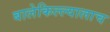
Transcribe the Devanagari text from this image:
बालेकिल्ल्यालाच